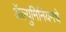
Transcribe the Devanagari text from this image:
ॲल्युमिनियमचे